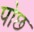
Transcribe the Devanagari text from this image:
पोछ